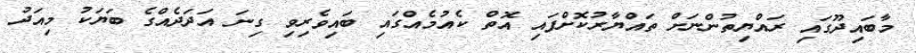
މާބައިދޫގައި ރައްޔިތުންނަށް ތައްޔާރުކޮށްފައި އޮތް ކެއުމެއްގައި ބައިވެރިވި ގިނަ އަދަދެއްގެ ބަޔަކު މިއަދު